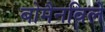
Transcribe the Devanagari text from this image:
बोमैनविले